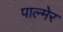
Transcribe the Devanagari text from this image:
पाल्मेर